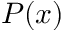
P ( x )